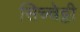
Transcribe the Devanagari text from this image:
सिच्चेट्टी